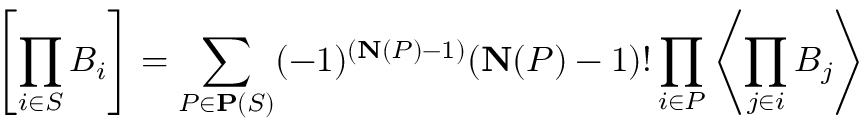
\left[ \prod _ { i \in S } B _ { i } \right] = \sum _ { P \in \mathbf { P } ( S ) } ( - 1 ) ^ { ( \mathbf { N } ( P ) - 1 ) } ( \mathbf { N } ( P ) - 1 ) ! \prod _ { i \in P } \left\langle \prod _ { j \in i } B _ { j } \right\rangle